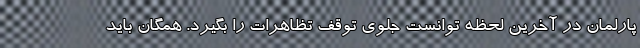
پارلمان در آخرین لحظه توانست جلوی توقف تظاهرات را بگیرد. همگان باید